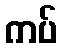
ကပ်